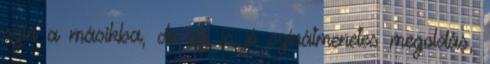
szín a másikba, de az is jó színátmenetes megoldás,